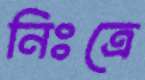
নিঃত্রে